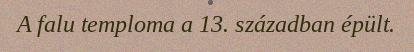
A falu temploma a 13. században épült.